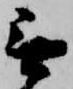
無